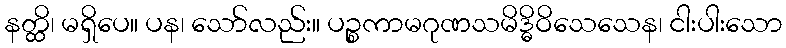
နတ္ထိ၊ မရှိပေ။ ပန၊ သော်လည်း။ ပဉ္စကာမဂုဏသမိဒ္ဓိဝိသေသေန၊ ငါးပါးသော